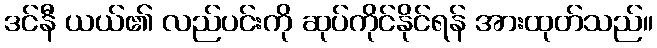
ဒင်နီ ယယ်၏ လည်ပင်းကို ဆုပ်ကိုင်နိုင်ရန် အားထုတ်သည်။